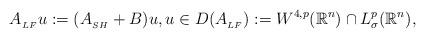
LaTeX: \begin{align*}A_{_{LF}}u:=(A_{_{SH}}+B) u,u\in D(A_{_{LF}}):=W^{4,p}(\mathbb{R}^n)\cap L^p_\sigma(\mathbb{R}^n),\end{align*}